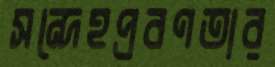
সন্দেহপ্রবণতার